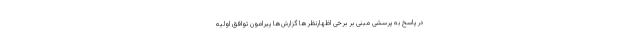
در پاسخ به پرسشی مبنی بر برخی اظهارنظرها گزارش‌ها پیرامون توافق اولیه